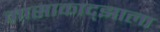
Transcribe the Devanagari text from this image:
मासाकाद्झाला